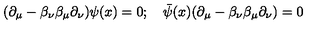
( \partial _ { \mu } - \beta _ { \nu } \beta _ { \mu } \partial _ { \nu } ) \psi ( x ) = 0 ; \quad { \bar { \psi } } ( x ) ( \partial _ { \mu } - \beta _ { \nu } \beta _ { \mu } \partial _ { \nu } ) = 0